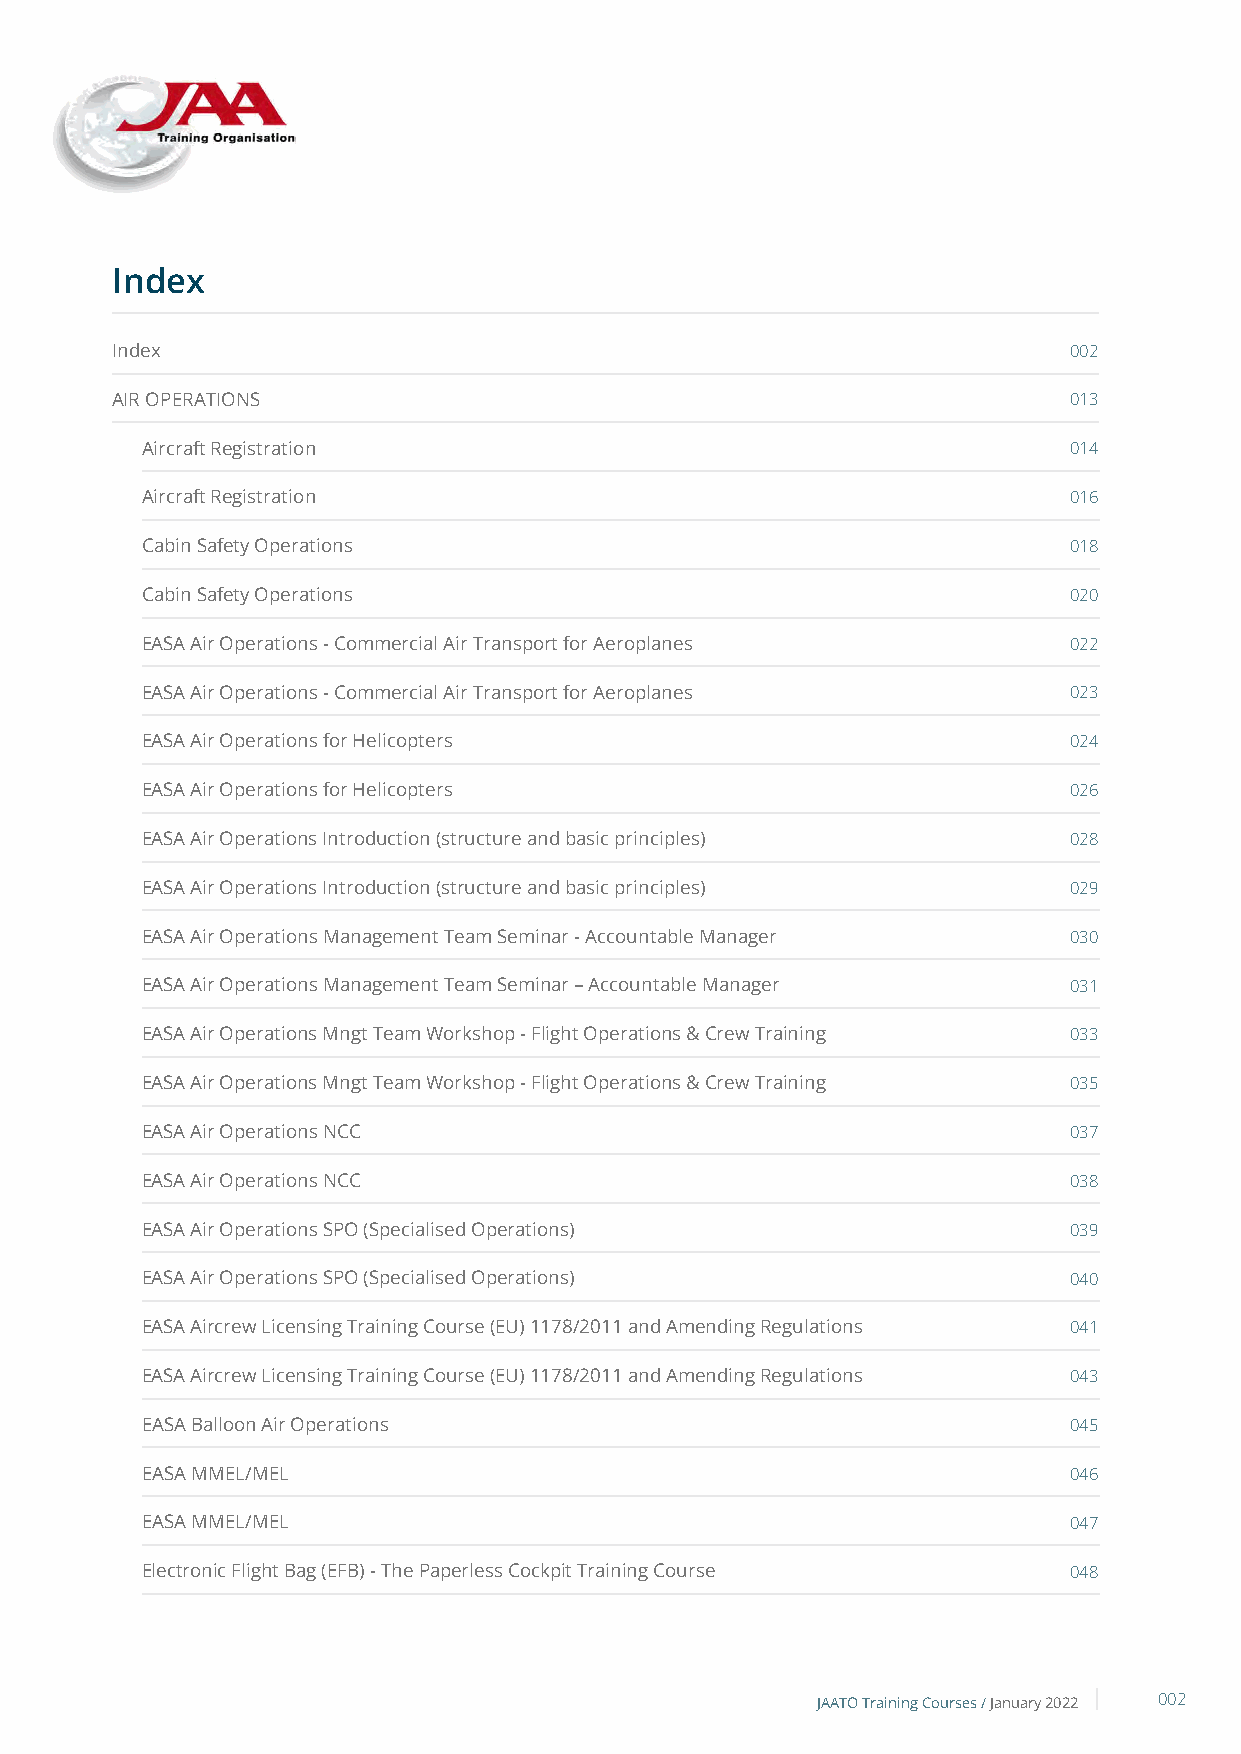
Index
 Index                                                           002
 AIR OPERATIONS                                                  013
 Aircraft Registration                                         014
 Aircraft Registration                                         016
 Cabin Safety Operations                                       018
 Cabin Safety Operations                                       020
 EASA Air Operations - Commercial Air Transport for Aeroplanes 022
 EASA Air Operations - Commercial Air Transport for Aeroplanes 023
 EASA Air Operations for Helicopters                           024
 EASA Air Operations for Helicopters                           026
 EASA Air Operations Introduction (structure and basic principles) 028
 EASA Air Operations Introduction (structure and basic principles) 029
 EASA Air Operations Management Team Seminar - Accountable Manager 030
 EASA Air Operations Management Team Seminar – Accountable Manager 031
 EASA Air Operations Mngt Team Workshop - Flight Operations & Crew Training 033
 EASA Air Operations Mngt Team Workshop - Flight Operations & Crew Training 035
 EASA Air Operations NCC                                       037
 EASA Air Operations NCC                                       038
 EASA Air Operations SPO (Specialised Operations)              039
 EASA Air Operations SPO (Specialised Operations)              040
 EASA Aircrew Licensing Training Course (EU) 1178/2011 and Amending Regulations 041
 EASA Aircrew Licensing Training Course (EU) 1178/2011 and Amending Regulations 043
 EASA Balloon Air Operations                                   045
 EASA MMEL/MEL                                                 046
 EASA MMEL/MEL                                                 047
 Electronic Flight Bag (EFB) - The Paperless Cockpit Training Course 048
 JAATO Training Courses /January 2022 002